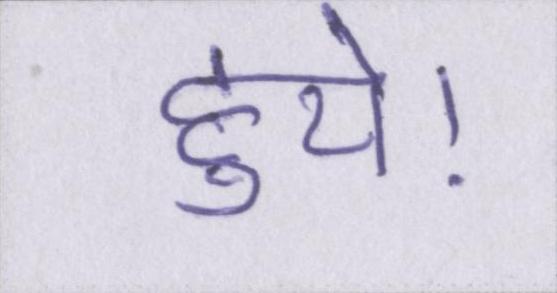
हुये।